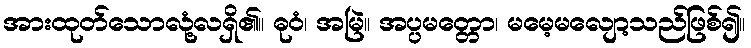
အားထုတ်သောလုံ့လရှိ၏။ ဓုဝံ၊ အမြဲ။ အပ္ပမတ္တော၊ မမေ့မလျော့သည်ဖြစ်၍။